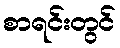
စာရင်းတွင်